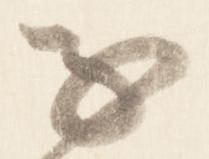
子